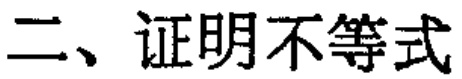
二、证明不等式